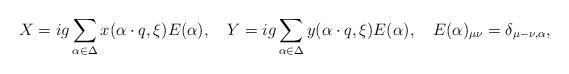
\begin{align*}X=ig\sum_{\alpha\in\Delta}x(\alpha\cdot q, \xi)E(\alpha),\quad Y=ig\sum_{\alpha\in\Delta}y(\alpha\cdot q, \xi)E(\alpha),\quad E(\alpha)_{\mu \nu}=\delta_{\mu-\nu,\alpha}, \end{align*}